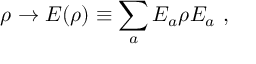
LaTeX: \rho \to { \cal E } ( \rho ) \equiv \sum _ { a } E _ { a } \rho E _ { a } ~ ,